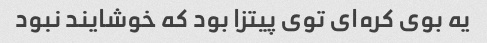
یه بوی کره‌ای توی پیتزا بود که خوشایند نبود